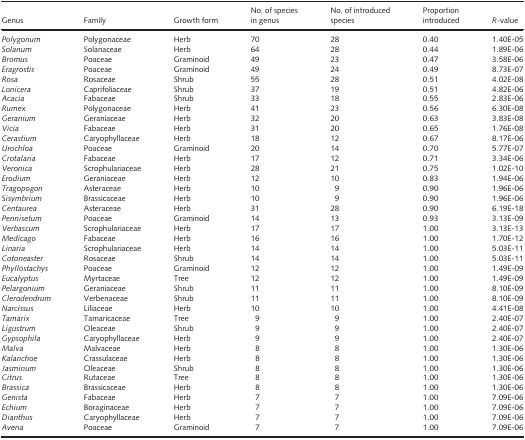
<table><thead><tr><td><b>Genus</b></td><td><b>Family</b></td><td><b>Growth form</b></td><td><b>No. of species in genus</b></td><td><b>No. of introduced species</b></td><td><b>Proportion introduced</b></td><td><b><i>R</i>-value</b></td></tr></thead><tbody><tr><td><i>Polygonum</i></td><td>Polygonaceae</td><td>Herb</td><td>70</td><td>28</td><td>0.40</td><td>1.40E-05</td></tr><tr><td><i>Solanum</i></td><td>Solanaceae</td><td>Herb</td><td>64</td><td>28</td><td>0.44</td><td>1.89E-06</td></tr><tr><td><i>Bromus</i></td><td>Poaceae</td><td>Graminoid</td><td>49</td><td>23</td><td>0.47</td><td>3.58E-06</td></tr><tr><td><i>Eragrostis</i></td><td>Poaceae</td><td>Graminoid</td><td>49</td><td>24</td><td>0.49</td><td>8.73E-07</td></tr><tr><td><i>Rosa</i></td><td>Rosaceae</td><td>Shrub</td><td>55</td><td>28</td><td>0.51</td><td>4.02E-08</td></tr><tr><td><i>Lonicera</i></td><td>Caprifoliaceae</td><td>Shrub</td><td>37</td><td>19</td><td>0.51</td><td>4.82E-06</td></tr><tr><td><i>Acacia</i></td><td>Fabaceae</td><td>Shrub</td><td>33</td><td>18</td><td>0.55</td><td>2.83E-06</td></tr><tr><td><i>Rumex</i></td><td>Polygonaceae</td><td>Herb</td><td>41</td><td>23</td><td>0.56</td><td>6.30E-08</td></tr><tr><td><i>Geranium</i></td><td>Geraniaceae</td><td>Herb</td><td>32</td><td>20</td><td>0.63</td><td>3.83E-08</td></tr><tr><td><i>Vicia</i></td><td>Fabaceae</td><td>Herb</td><td>31</td><td>20</td><td>0.65</td><td>1.76E-08</td></tr><tr><td><i>Cerastium</i></td><td>Caryophyllaceae</td><td>Herb</td><td>18</td><td>12</td><td>0.67</td><td>8.17E-06</td></tr><tr><td><i>Urochloa</i></td><td>Poaceae</td><td>Graminoid</td><td>20</td><td>14</td><td>0.70</td><td>5.77E-07</td></tr><tr><td><i>Crotalaria</i></td><td>Fabaceae</td><td>Herb</td><td>17</td><td>12</td><td>0.71</td><td>3.34E-06</td></tr><tr><td><i>Veronica</i></td><td>Scrophulariaceae</td><td>Herb</td><td>28</td><td>21</td><td>0.75</td><td>1.02E-10</td></tr><tr><td><i>Erodium</i></td><td>Geraniaceae</td><td>Herb</td><td>12</td><td>10</td><td>0.83</td><td>1.94E-06</td></tr><tr><td><i>Tragopogon</i></td><td>Asteraceae</td><td>Herb</td><td>10</td><td>9</td><td>0.90</td><td>1.96E-06</td></tr><tr><td><i>Sisymbrium</i></td><td>Brassicaceae</td><td>Herb</td><td>10</td><td>9</td><td>0.90</td><td>1.96E-06</td></tr><tr><td><i>Centaurea</i></td><td>Asteraceae</td><td>Herb</td><td>31</td><td>28</td><td>0.90</td><td>6.19E-18</td></tr><tr><td><i>Pennisetum</i></td><td>Poaceae</td><td>Graminoid</td><td>14</td><td>13</td><td>0.93</td><td>3.13E-09</td></tr><tr><td><i>Verbascum</i></td><td>Scrophulariaceae</td><td>Herb</td><td>17</td><td>17</td><td>1.00</td><td>3.13E-13</td></tr><tr><td><i>Medicago</i></td><td>Fabaceae</td><td>Herb</td><td>16</td><td>16</td><td>1.00</td><td>1.70E-12</td></tr><tr><td><i>Linaria</i></td><td>Scrophulariaceae</td><td>Herb</td><td>14</td><td>14</td><td>1.00</td><td>5.03E-11</td></tr><tr><td><i>Cotoneaster</i></td><td>Rosaceae</td><td>Shrub</td><td>14</td><td>14</td><td>1.00</td><td>5.03E-11</td></tr><tr><td><i>Phyllostachys</i></td><td>Poaceae</td><td>Graminoid</td><td>12</td><td>12</td><td>1.00</td><td>1.49E-09</td></tr><tr><td><i>Eucalyptus</i></td><td>Myrtaceae</td><td>Tree</td><td>12</td><td>12</td><td>1.00</td><td>1.49E-09</td></tr><tr><td><i>Pelargonium</i></td><td>Geraniaceae</td><td>Shrub</td><td>11</td><td>11</td><td>1.00</td><td>8.10E-09</td></tr><tr><td><i>Clerodendrum</i></td><td>Verbenaceae</td><td>Shrub</td><td>11</td><td>11</td><td>1.00</td><td>8.10E-09</td></tr><tr><td><i>Narcissus</i></td><td>Liliaceae</td><td>Herb</td><td>10</td><td>10</td><td>1.00</td><td>4.41E-08</td></tr><tr><td><i>Tamarix</i></td><td>Tamaricaceae</td><td>Tree</td><td>9</td><td>9</td><td>1.00</td><td>2.40E-07</td></tr><tr><td><i>Ligustrum</i></td><td>Oleaceae</td><td>Shrub</td><td>9</td><td>9</td><td>1.00</td><td>2.40E-07</td></tr><tr><td><i>Gypsophila</i></td><td>Caryophyllaceae</td><td>Herb</td><td>9</td><td>9</td><td>1.00</td><td>2.40E-07</td></tr><tr><td><i>Malva</i></td><td>Malvaceae</td><td>Herb</td><td>8</td><td>8</td><td>1.00</td><td>1.30E-06</td></tr><tr><td><i>Kalanchoe</i></td><td>Crassulaceae</td><td>Herb</td><td>8</td><td>8</td><td>1.00</td><td>1.30E-06</td></tr><tr><td><i>Jasminum</i></td><td>Oleaceae</td><td>Shrub</td><td>8</td><td>8</td><td>1.00</td><td>1.30E-06</td></tr><tr><td><i>Citrus</i></td><td>Rutaceae</td><td>Tree</td><td>8</td><td>8</td><td>1.00</td><td>1.30E-06</td></tr><tr><td><i>Brassica</i></td><td>Brassicaceae</td><td>Herb</td><td>8</td><td>8</td><td>1.00</td><td>1.30E-06</td></tr><tr><td><i>Genista</i></td><td>Fabaceae</td><td>Herb</td><td>7</td><td>7</td><td>1.00</td><td>7.09E-06</td></tr><tr><td><i>Echium</i></td><td>Boraginaceae</td><td>Herb</td><td>7</td><td>7</td><td>1.00</td><td>7.09E-06</td></tr><tr><td><i>Dianthus</i></td><td>Caryophyllaceae</td><td>Herb</td><td>7</td><td>7</td><td>1.00</td><td>7.09E-06</td></tr><tr><td><i>Avena</i></td><td>Poaceae</td><td>Graminoid</td><td>7</td><td>7</td><td>1.00</td><td>7.09E-06</td></tr></tbody></table>